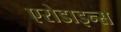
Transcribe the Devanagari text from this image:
एरोडाइन्स